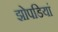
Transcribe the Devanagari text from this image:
झोपडियां